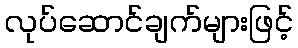
လုပ်ဆောင်ချက်များဖြင့်